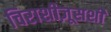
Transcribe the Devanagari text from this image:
चिराशीज़ूसशी